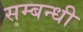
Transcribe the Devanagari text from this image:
सम्‍बन्‍धी